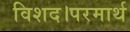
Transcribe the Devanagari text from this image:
विशद।परमार्थ